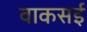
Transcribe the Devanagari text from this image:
वाकसई